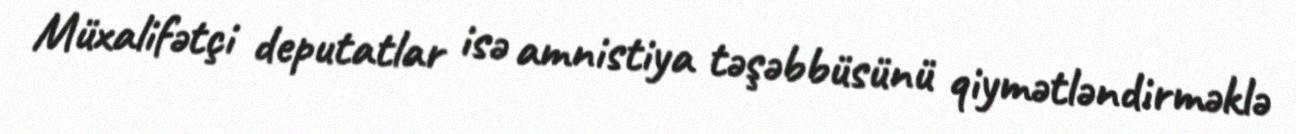
Müxalifətçi deputatlar isə amnistiya təşəbbüsünü qiymətləndirməklə